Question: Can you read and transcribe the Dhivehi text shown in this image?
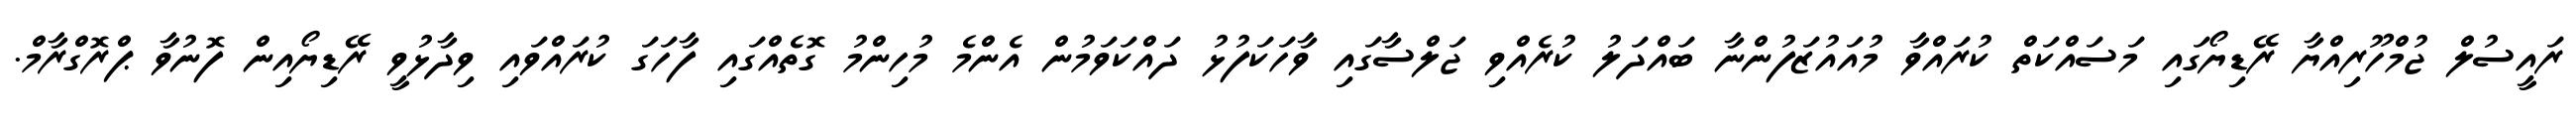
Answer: ރައީސުލް ޖުމްހޫރިއްޔާ ރޭޑިޔޯގައި މަސައްކަތް ކުރައްވާ މުއައުޒަފުންނާ ބައްދަލު ކުރެއްވި ޖަލްސާގައި ވާހަކަފުޅު ދައްކަވަމުން އެންމެ މުހިންމު ގޮތެއްގައި ފާހަގަ ކުރައްވައި ވިދާޅުވީ ރޭޑިޔޯއިން ފޮނުވާ ޕްރޮގްރާމް.